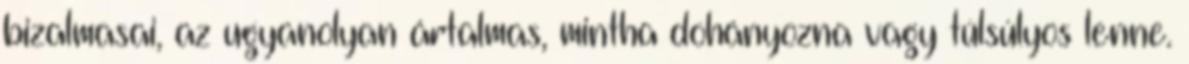
bizalmasai, az ugyanolyan ártalmas, mintha dohányozna vagy túlsúlyos lenne.